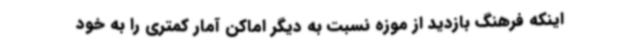
اینکه فرهنگ بازدید از موزه نسبت به دیگر اماکن آمار کمتری را به خود